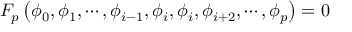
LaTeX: F _ { p } \left( \phi _ { 0 } , \phi _ { 1 } , \cdots , \phi _ { i - 1 } , \phi _ { i } , \phi _ { i } , \phi _ { i + 2 } , \cdots , \phi _ { p } \right) = 0